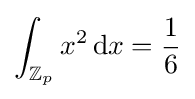
\int _{\mathbb {Z} _{p}}x^{2}\,{\rm {d}}x={\frac {1}{6}}